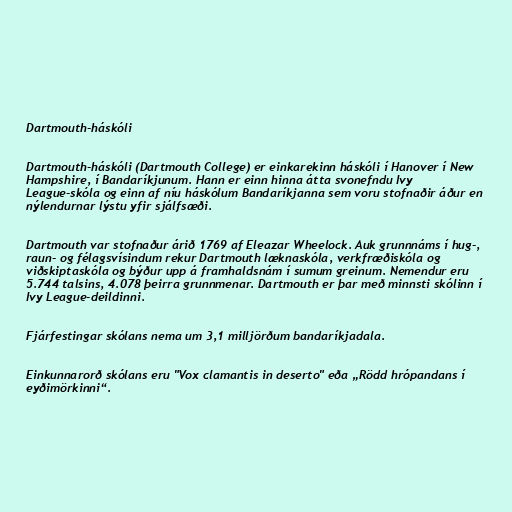
Dartmouth-háskóli

Dartmouth-háskóli (Dartmouth College) er einkarekinn háskóli í Hanover í New
Hampshire, í Bandaríkjunum. Hann er einn hinna átta svonefndu Ivy
League-skóla og einn af níu háskólum Bandaríkjanna sem voru stofnaðir áður en
nýlendurnar lýstu yfir sjálfsæði.

Dartmouth var stofnaður árið 1769 af Eleazar Wheelock. Auk grunnnáms í hug-,
raun- og félagsvísindum rekur Dartmouth læknaskóla, verkfræðiskóla og
viðskiptaskóla og býður upp á framhaldsnám í sumum greinum. Nemendur eru
5.744 talsins, 4.078 þeirra grunnmenar. Dartmouth er þar með minnsti skólinn í
Ivy League-deildinni.

Fjárfestingar skólans nema um 3,1 milljörðum bandaríkjadala.

Einkunnarorð skólans eru "Vox clamantis in deserto" eða „Rödd hrópandans í
eyðimörkinni“.